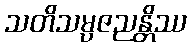
သတိသမ္ပဇညန္တိဿ